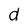
Character: d